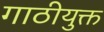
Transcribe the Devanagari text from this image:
गाठीयुक्त